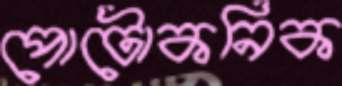
পোটোকনিক